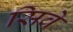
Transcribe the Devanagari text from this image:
सिवे